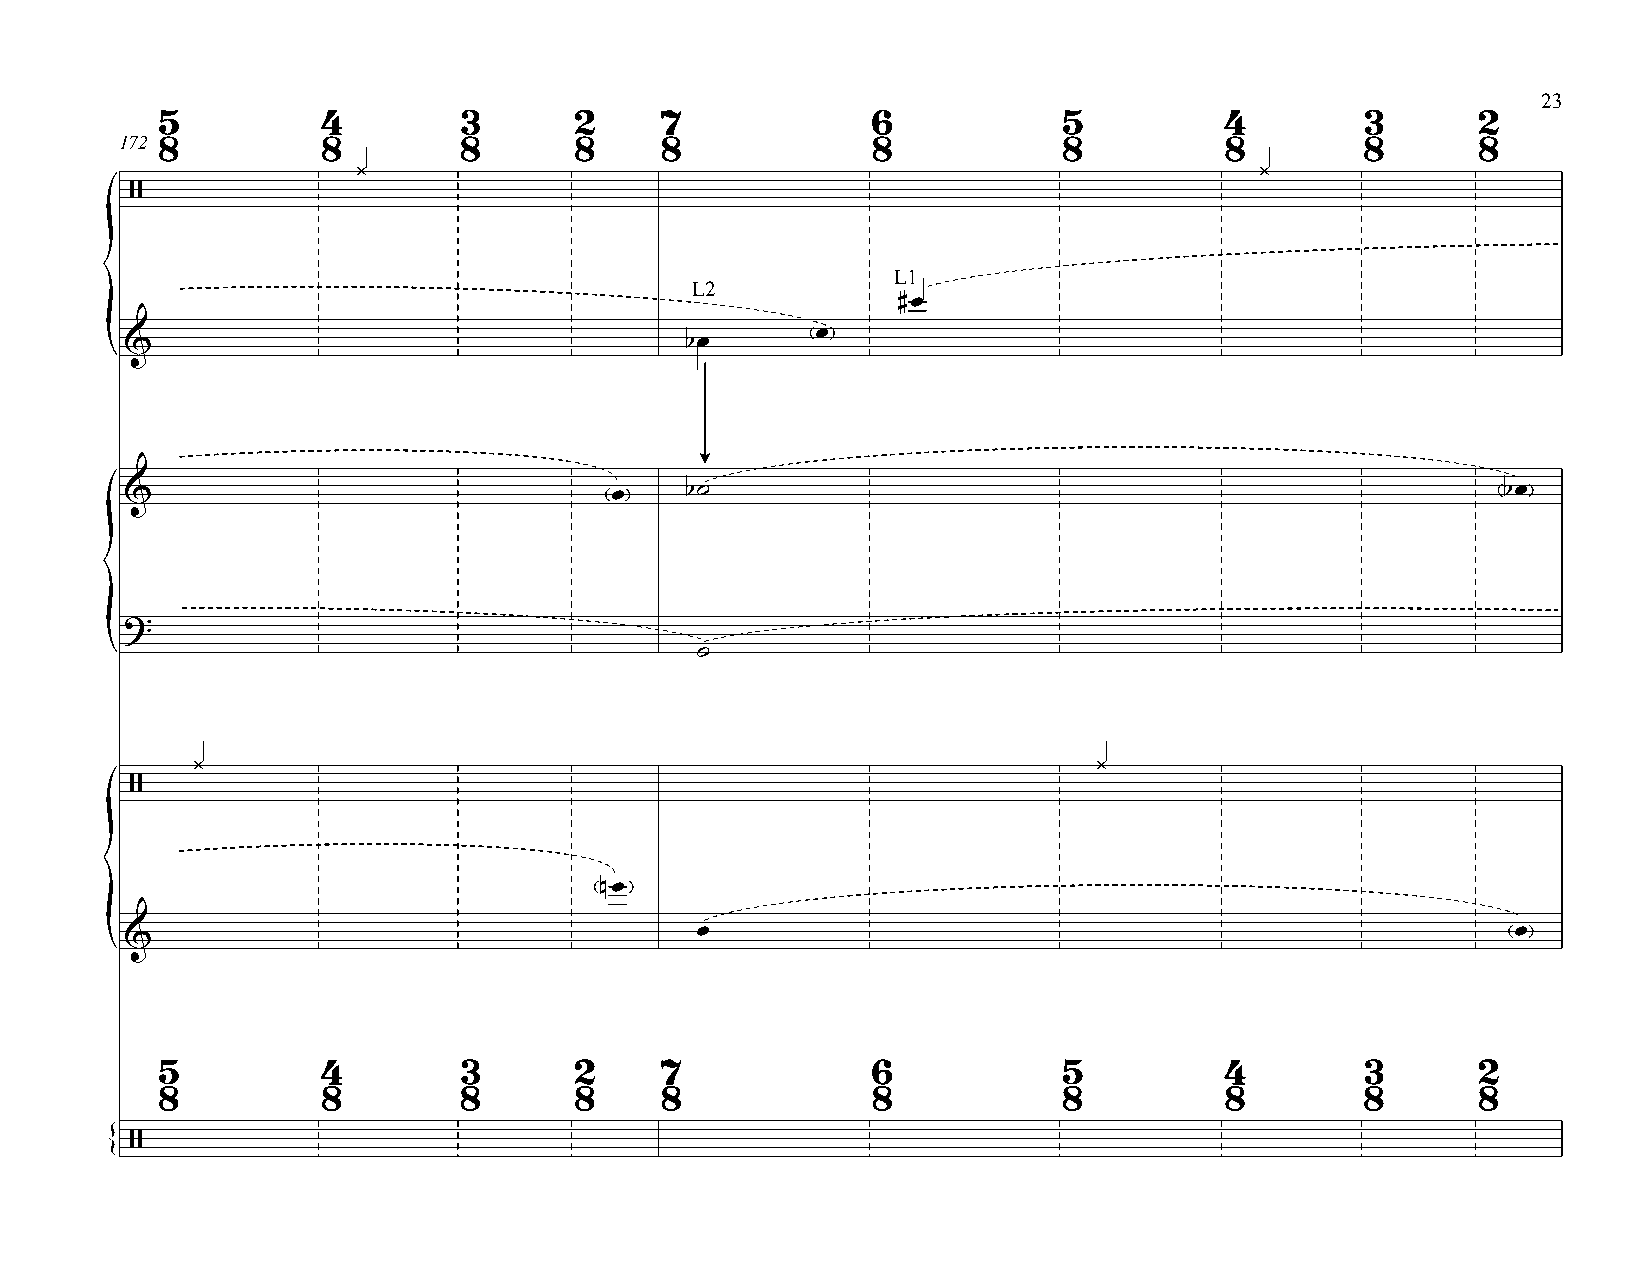
23
 5         4        3       2     7             6           5          4        3       2
 172 8        8        8       8     8             8           8          8        8       8
 ¿                                                          ¿
 /
 L1
 L2
 #œ
 œ
 &                                    bœ
 {
 &                               œ    b˙                                                     bœ
 ?
 {                                      ˙
 ¿                                                           ¿
 /
 nœ
 œ                                                     œ
 &
 {
 5         4        3       2     7             6           5          4        3       2
 8         8        8       8     8             8           8          8        8       8
 /
 {